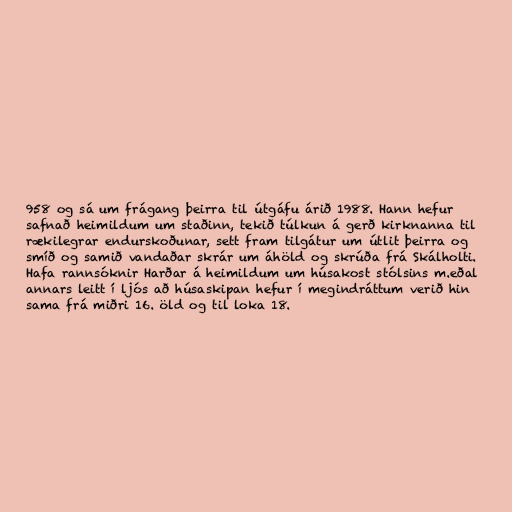
958 og sá um frágang þeirra til útgáfu árið 1988. Hann hefur
safnað heimildum um staðinn, tekið túlkun á gerð kirknanna til
rækilegrar endurskoðunar, sett fram tilgátur um útlit þeirra og
smíð og samið vandaðar skrár um áhöld og skrúða frá Skálholti.
Hafa rannsóknir Harðar á heimildum um húsakost stólsins m.eðal
annars leitt í ljós að húsaskipan hefur í megindráttum verið hin
sama frá miðri 16. öld og til loka 18.